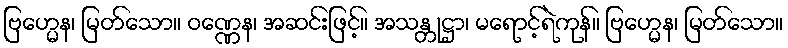
ဗြဟ္မေန၊ မြတ်သော။ ဝဏ္ဏေန၊ အဆင်းဖြင့်။ အသန္တုဋ္ဌာ၊ မရောင့်ရဲကုန်။ ဗြဟ္မေန၊ မြတ်သော။